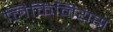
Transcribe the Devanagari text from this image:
लिकिनियस